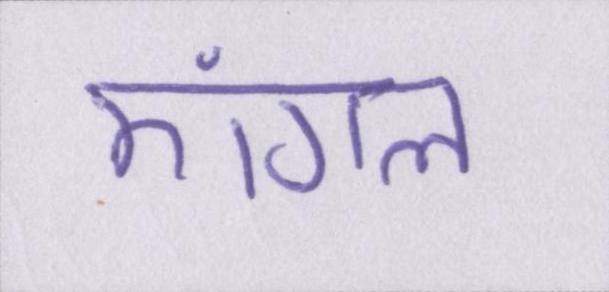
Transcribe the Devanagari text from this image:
एंगल